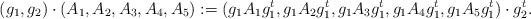
LaTeX: \begin{align*}(g_1,g_2)\cdot(A_1,A_2,A_3,A_4,A_5):=(g_1A_1g_1^t,g_1A_2g_1^t,g_1A_3g_1^t,g_1A_4g_1^t,g_1A_5g_1^t)\cdot g_2^t.\end{align*}